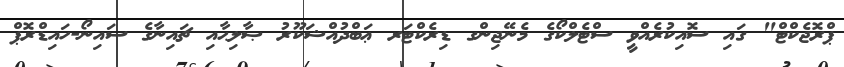
ޕްރޮޖެކްޓް" ގައި ސޮއިކުރެއްވީ ސްޓެލްކޯގެ މެނޭޖިންގ ޑިރެކްޓަރ ޢަބްދުއްޝަކޫރު ޞާލިޙާއި ޗައިނާގެ ސައިނޯ-ހައިޑްރޮޕް